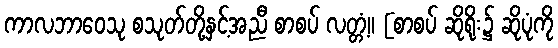
ကာလဘာဝေသု စသုတ်တို့နှင့်အညီ စာစပ် လတ္တံ့။ [စာစပ် ဆိုရိုး၌ ဆိုပုံကို